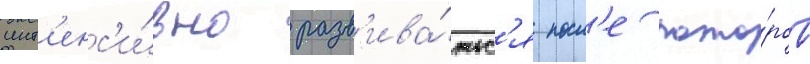
инт'енс'и́вно разв'ива́тьс'я посл'е пожа́ров